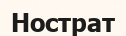
Нострат